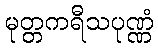
မုတ္တကရီသပုဏ္ဏံ